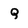
Character: Q